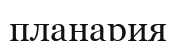
планария